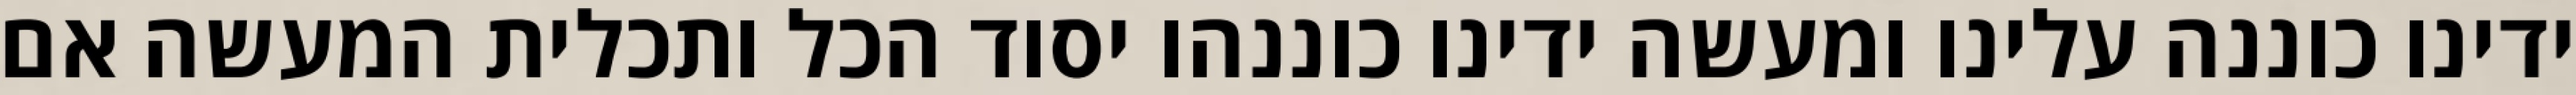
ידינו כוננה עלינו ומעשה ידינו כוננהו יסוד הכל ותכלית המעשה אם